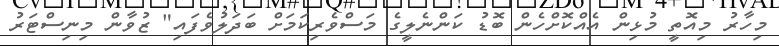
މިހާރު މިއޮތީ މުޅިން އެއްކޮށްހެން ބޮޑު ކަންނެލީގެ މަސްވެރިކަމަށް ބަދަލުވެފައި" ޒުވާން މިނިސްޓަރު